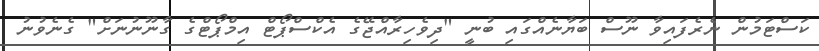
ކަސްޓަމުން ނެރެފައިވާ ނޫސް ބަޔާނެއްގައި ބުނީ "ދިވެހިރާއްޖޭގެ އެކްސްޕޯޓް އިމްޕޯޓްގެ ގާނޫނުނަށް" ގެނެވުނު